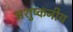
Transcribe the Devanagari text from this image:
अशुष्कनीय